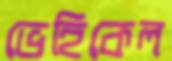
ভেহিকেল